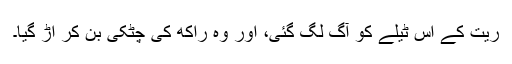
ریت کے اس ٹیلے کو آگ لگ گئی، اور وہ راکھ کی چٹکی بن کر اڑ گیا۔